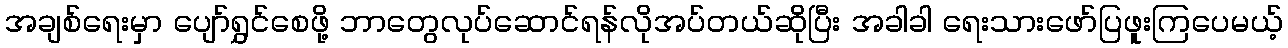
အချစ်ရေးမှာ ပျော်ရွှင်စေဖို့ ဘာတွေလုပ်ဆောင်ရန်လိုအပ်တယ်ဆိုပြီး အခါခါ ရေးသားဖော်ပြဖူးကြပေမယ့်